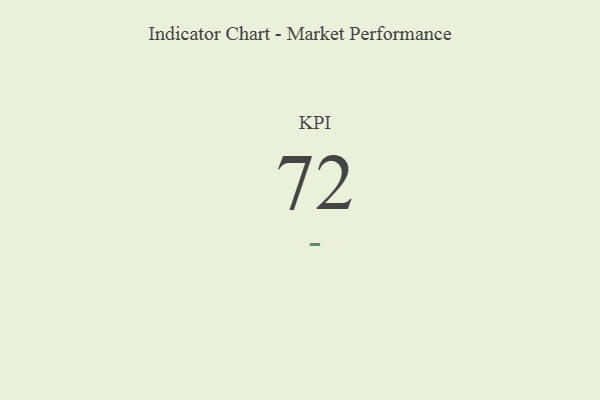
{"axis": {"x": "KPI", "y": "Value"}, "legend": [""], "data": [{"x": "KPI", "y": 72, "type": ""}]}